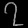
Digit: ၇